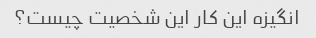
انگیزه این کار این شخصیت چیست؟